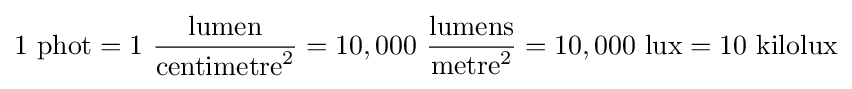
1\ \mathrm {phot} =1\ {\frac {\mathrm {lumen} }{\mathrm {centimetre} ^{2}}}=10,000\ {\frac {\mathrm {lumens} }{\mathrm {metre} ^{2}}}=10,000\ \mathrm {lux} =10\ \mathrm {kilolux}